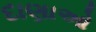
દાણાઓ